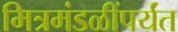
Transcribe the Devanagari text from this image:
मित्रमंडळींपर्यंत